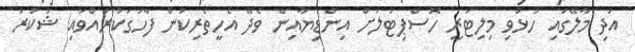
އަދި މާލޭގައި ހުޅުވި މިލިޓަރީ ހޮސްޕިޓަލަށް އިންޑިޔާއިން ވެދޭ އެހީތެރިކަން ފާހަގަކުރައްވައި ޝުކުރު